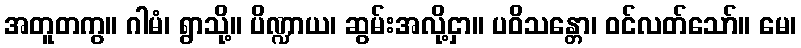
အတူတကွ။ ဂါမံ၊ ရွာသို့။ ပိဏ္ဍာယ၊ ဆွမ်းအလို့ငှာ။ ပဝိသန္တော၊ ဝင်လတ်သော်။ မေ၊